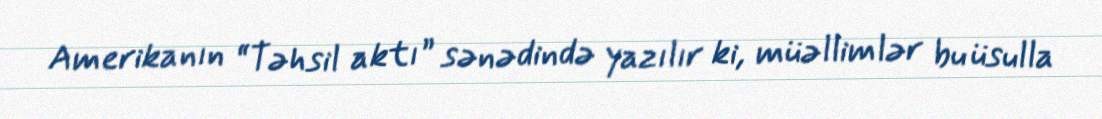
Amerikanın “Təhsil aktı” sənədində yazılır ki, müəllimlər bu üsulla